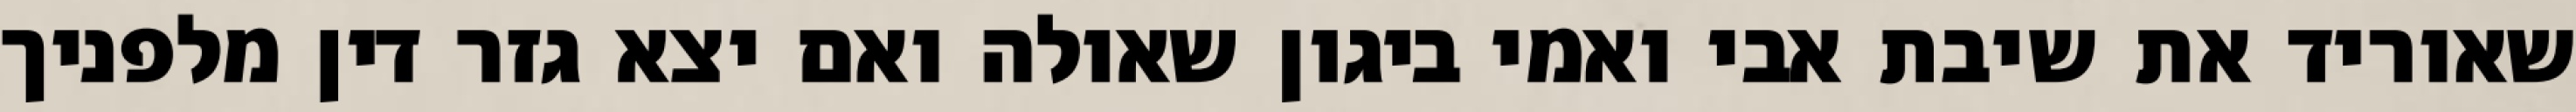
שאוריד את שיבת אבי ואמי ביגון שאולה ואם יצא גזר דין מלפניך